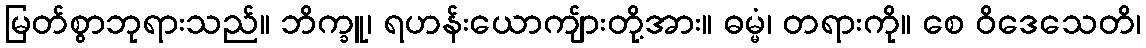
မြတ်စွာဘုရားသည်။ ဘိက္ခူ၊ ရဟန်းယောကျ်ားတို့အား။ ဓမ္မံ၊ တရားကို။ စေ ဝိဒေသေတိ၊